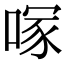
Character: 𭉇